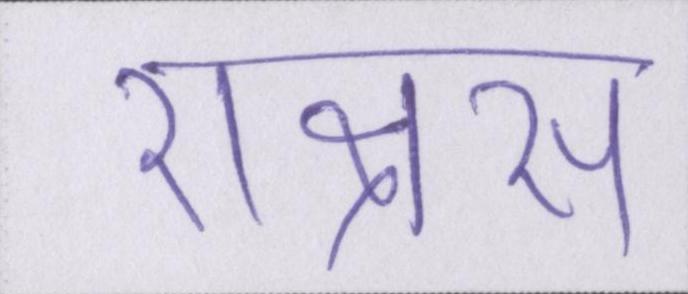
राक्षस